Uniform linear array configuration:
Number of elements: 12
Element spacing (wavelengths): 1
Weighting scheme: blackman
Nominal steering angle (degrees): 15
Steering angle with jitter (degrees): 14.291
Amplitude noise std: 0.05
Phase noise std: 0.05

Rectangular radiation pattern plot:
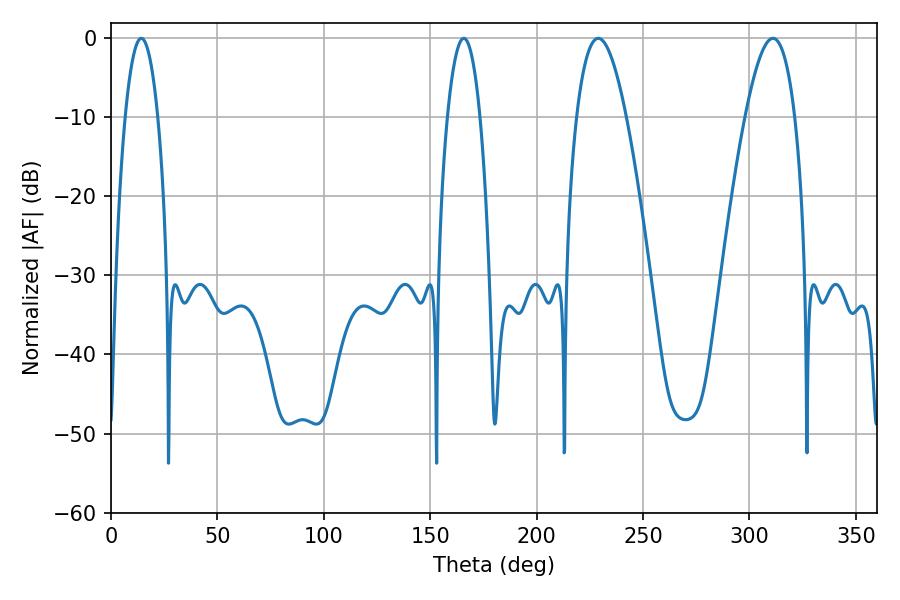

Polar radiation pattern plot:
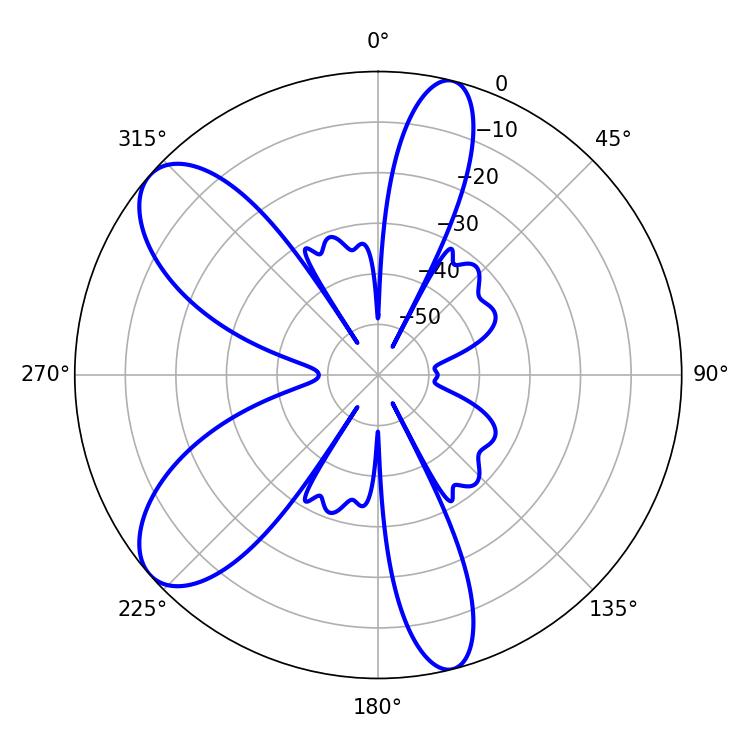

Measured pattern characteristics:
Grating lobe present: TRUE
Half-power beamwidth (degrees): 12.78
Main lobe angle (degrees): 228.96